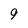
Character: 9